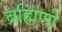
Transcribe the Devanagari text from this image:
ब्रह्मिणी